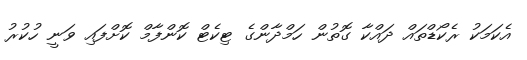
އެކަމަކު ރެކޯޑްތައް ދައްކާ ގޮތުން ހަމްދާންގެ ޓިކެޓް ކޮންފާމް ކޮށްފައި ވަނީ ހުކުރު